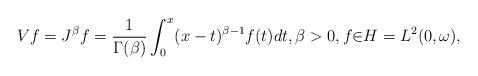
LaTeX: \begin{align*}Vf=J^{\beta}f=\frac{1}{\Gamma(\beta)}\int_{0}^{x}(x-t)^{\beta-1}f(t)dt,\beta>0,f{\in}H=L^{2}(0,\omega),\end{align*}